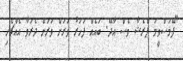
"ފޭމަސްވީމަ ޕްރެޝާ ވެސް އާދޭ. ބައެއް ފަހަރު ވަރަށް ވަރަށް ދެރަވާ އެއްޗެހި